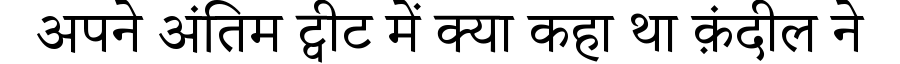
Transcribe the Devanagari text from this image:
अपने अंतिम ट्वीट में क्या कहा था क़ंदील ने